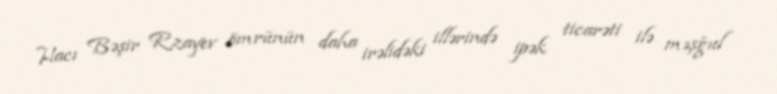
Hacı Bəşir Rzayev ömrünün daha irəlidəki illərində ipək ticarəti ilə məşğul